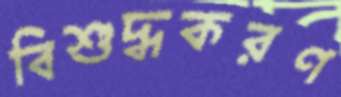
বিশুদ্ধকরণ